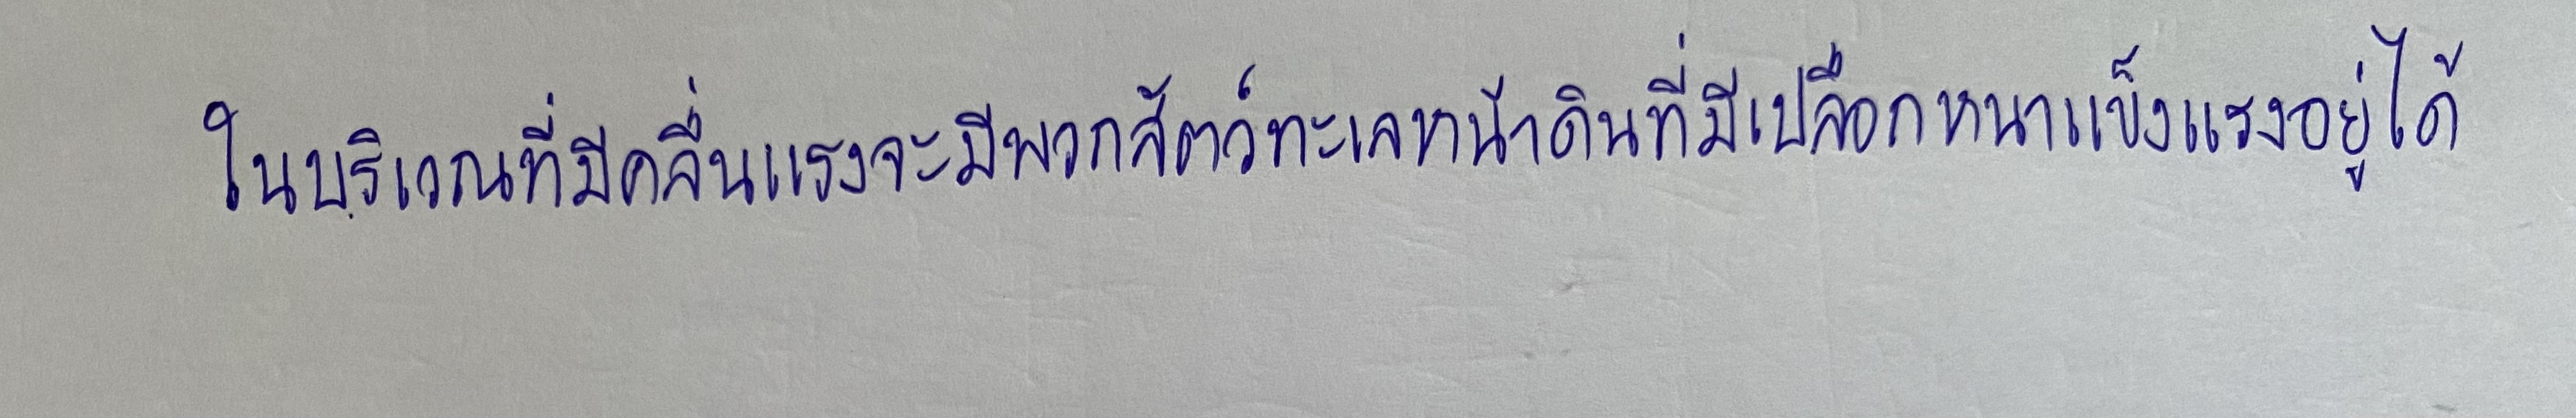
ในบริเวณที่มีคลื่นแรงจะมีพวกสัตว์ทะเลหน้าดินที่มีเปลือกหนาแข็งแรงอยู่ได้